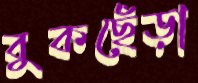
বুকছেঁড়া